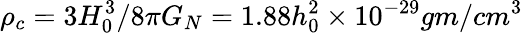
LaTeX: \rho_{c}=3H_{0}^{3}/8\pi G_{N}=1.88h_{0}^{2}\times 10^{-29}gm/cm^{3}